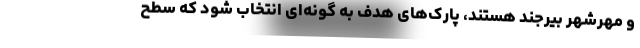
و مهرشهر بیرجند هستند، پارک‌های هدف به گونه‌ای انتخاب شود که سطح